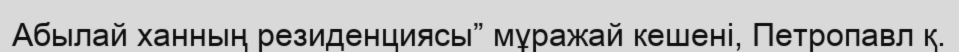
Абылай ханның резиденциясы” мұражай кешені, Петропавл қ.